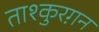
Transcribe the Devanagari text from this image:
ताश्कुरग़न